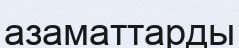
азаматтарды